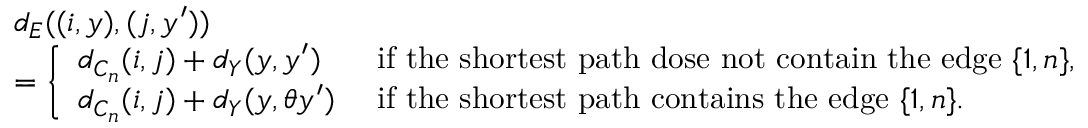
\begin{array} { r l } & { d _ { E } ( ( i , y ) , ( j , y ^ { \prime } ) ) } \\ & { = \left\{ \begin{array} { l l } { d _ { C _ { n } } ( i , j ) + d _ { Y } ( y , y ^ { \prime } ) } & { \mathrm { ~ i f ~ t h e ~ s h o r t e s t ~ p a t h ~ d o s e ~ n o t ~ c o n t a i n ~ t h e ~ e d g e ~ } \{ 1 , n \} , } \\ { d _ { C _ { n } } ( i , j ) + d _ { Y } ( y , \theta y ^ { \prime } ) } & { \mathrm { ~ i f ~ t h e ~ s h o r t e s t ~ p a t h ~ c o n t a i n s ~ t h e ~ e d g e ~ } \{ 1 , n \} . } \end{array} \right. } \end{array}